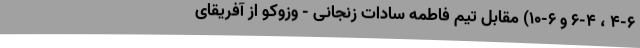
۴-۶ ، ۶-۴ و ۶-۱۰) مقابل تیم فاطمه سادات زنجانی - وزوکو از آفریقای